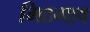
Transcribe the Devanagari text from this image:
मिठगाव